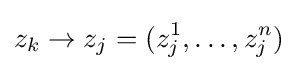
z_{k}\to z_{j}=(z_{j}^{1},\ldots ,z_{j}^{n})